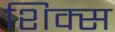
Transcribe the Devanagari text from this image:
शिक्स